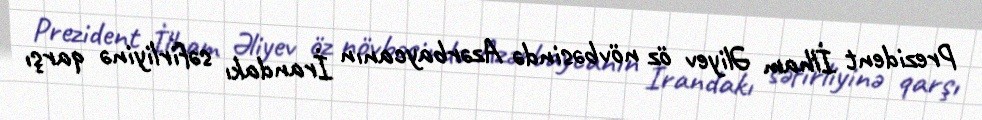
Prezident İlham Əliyev öz növbəsində Azərbaycanın İrandakı səfirliyinə qarşı